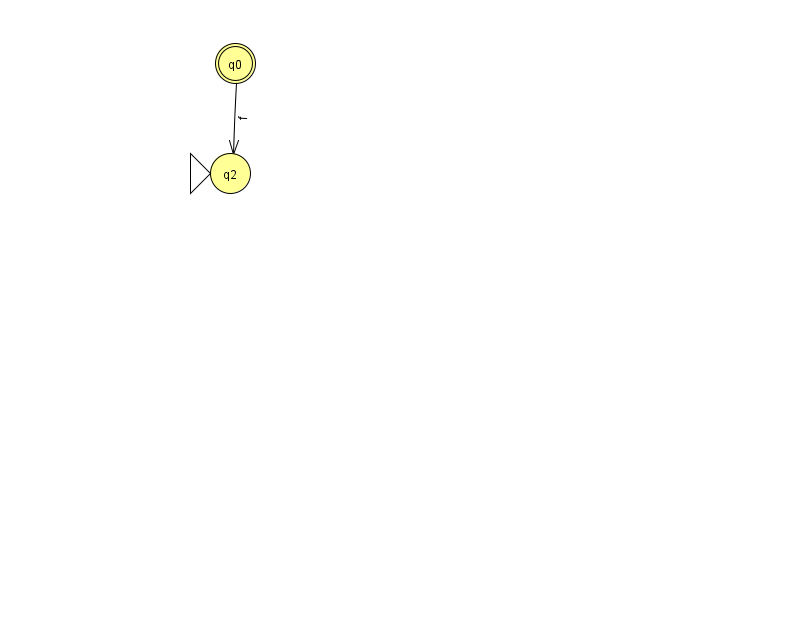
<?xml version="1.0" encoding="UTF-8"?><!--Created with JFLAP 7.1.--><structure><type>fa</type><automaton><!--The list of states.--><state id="0" name="q0"><x>235.0</x><y>50.0</y><final/></state><state id="2" name="q2"><x>230.0</x><y>160.0</y><initial/></state><!--The list of transitions.--><transition><from>0</from><to>2</to><read>f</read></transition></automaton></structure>